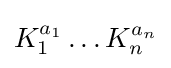
K_{1}^{a_{1}}\dots K_{n}^{a_{n}}